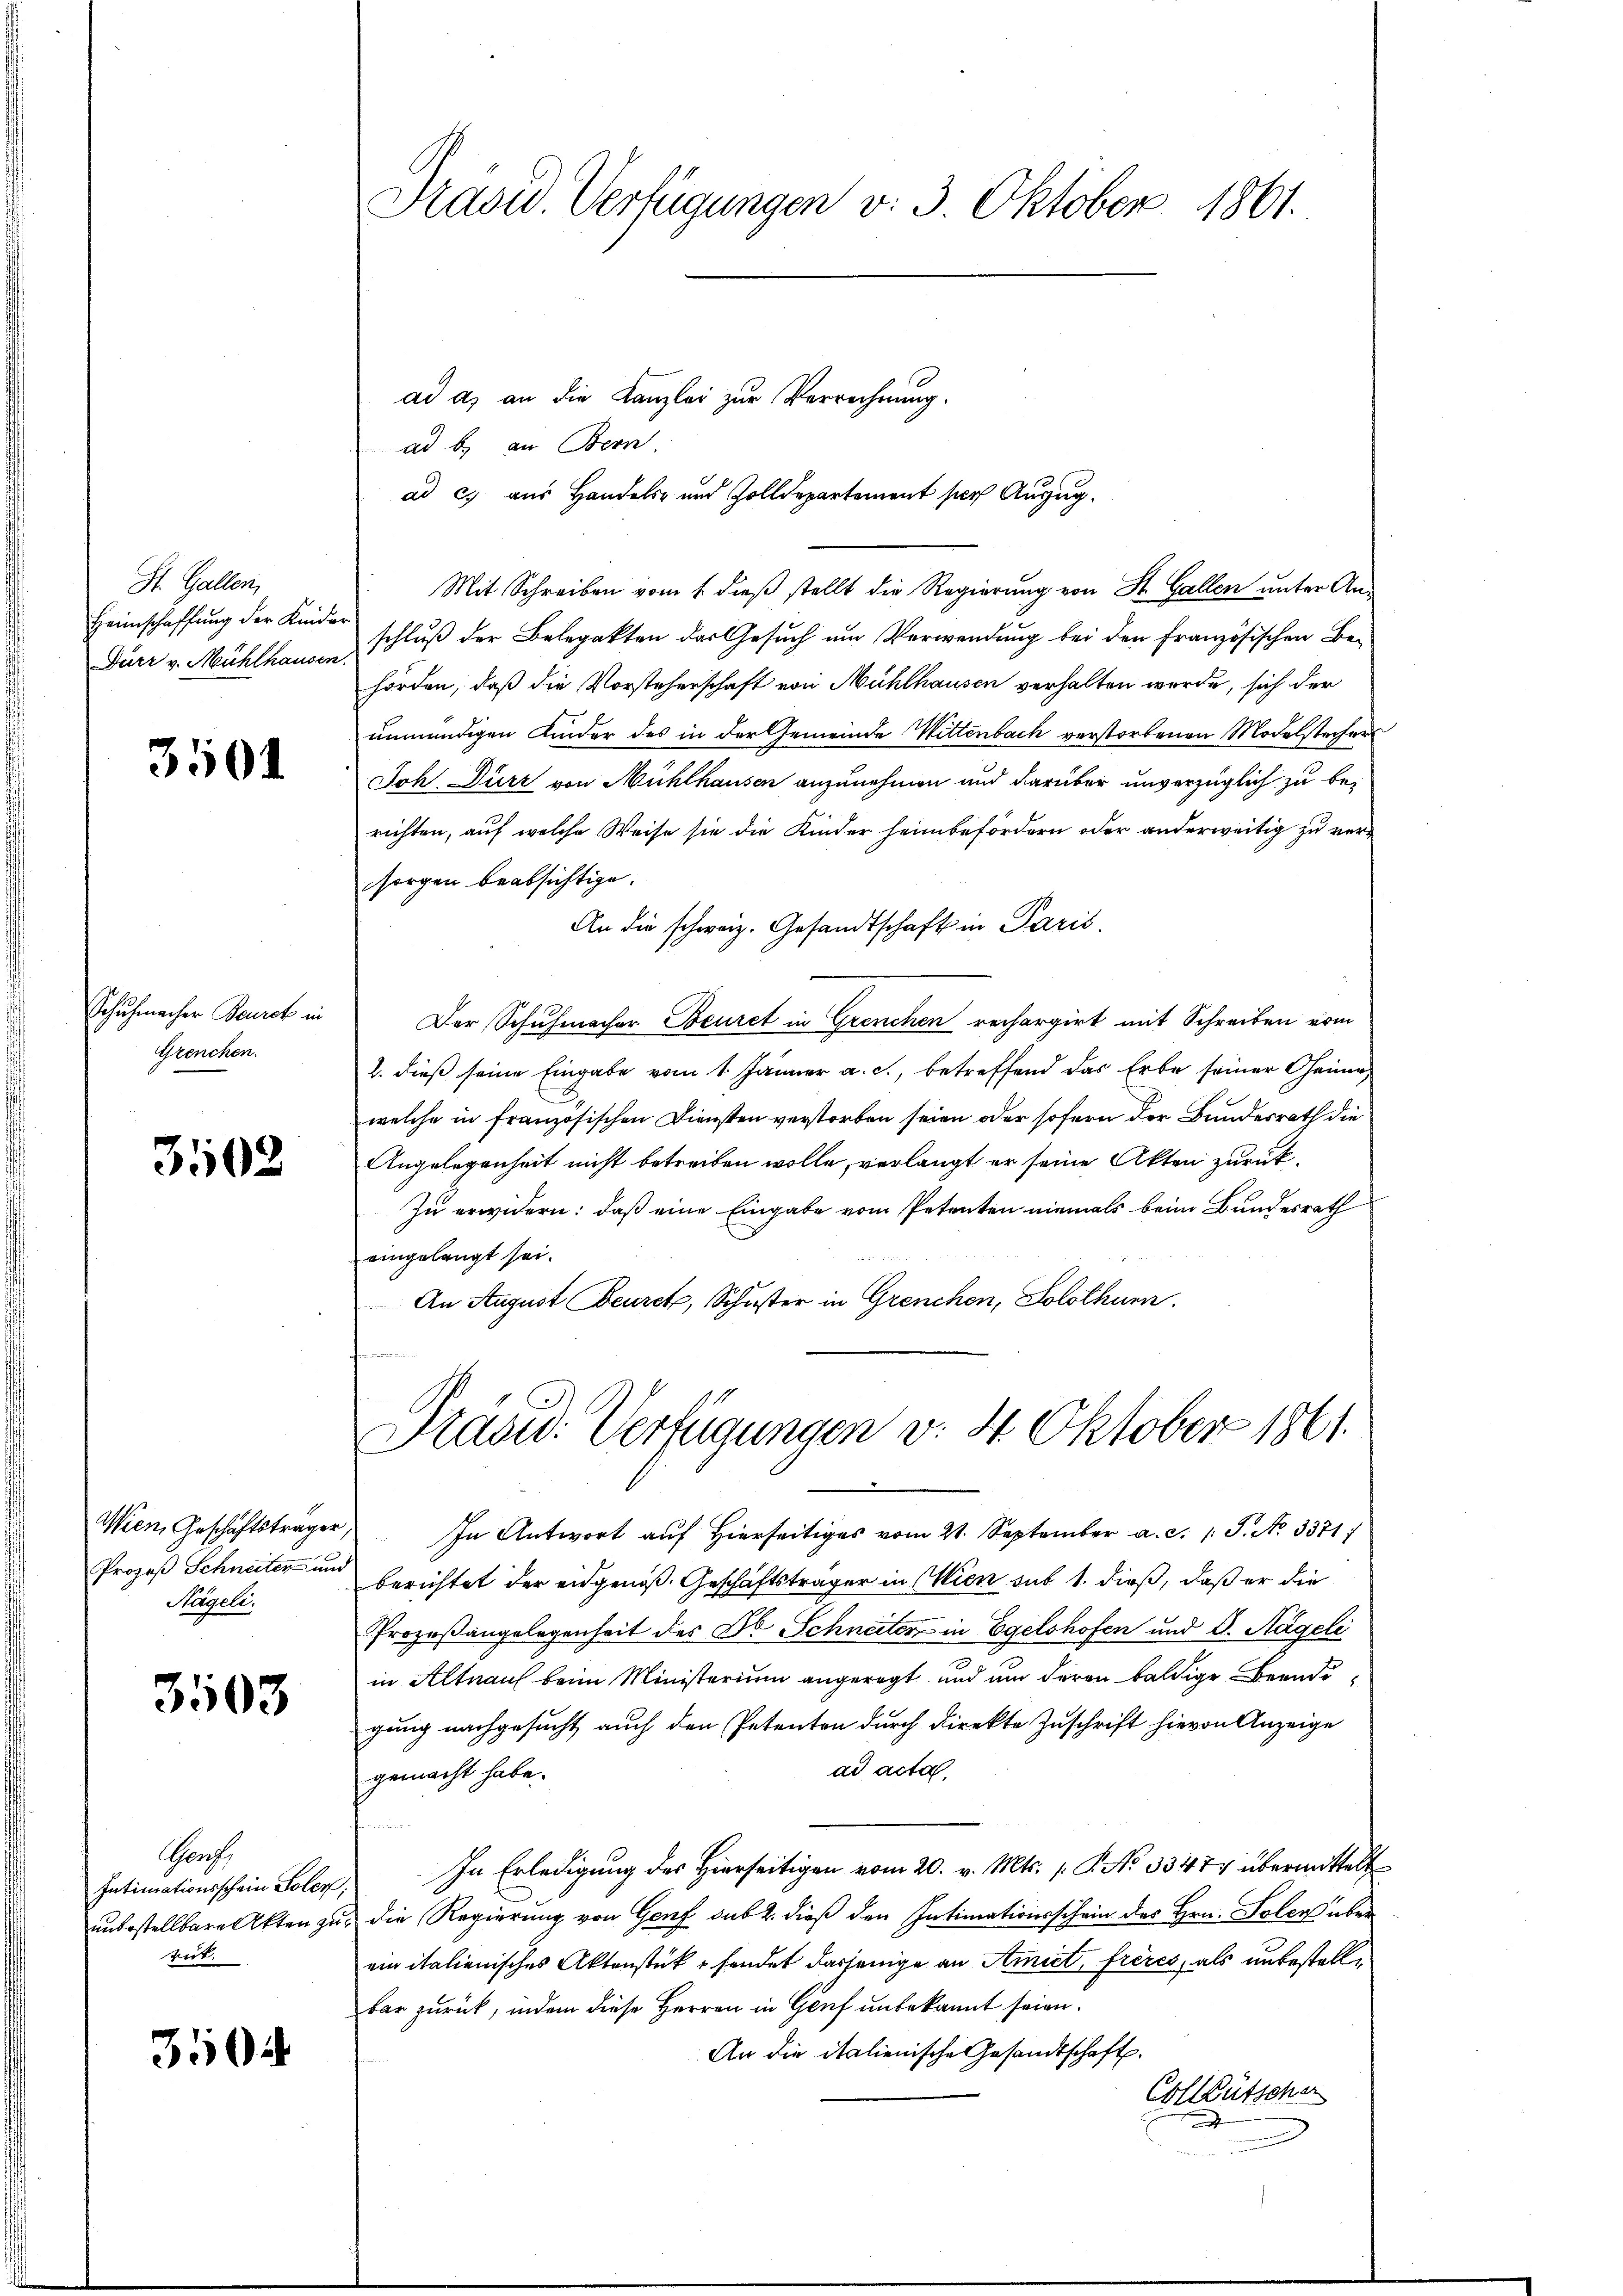
St. Gallen,
Heimschaffung der Kind¬
Dürr v. Mühlhauser

3501

Schuhmacher Burck in
Grenchen.

3502

Wien Geschäftsträger
Prozeß Schneiter um
Nägeli.

3503

Grach,
Intimationsschein Toler
unbestellbare Akten zu
rit.

3504

Präsid. Verfügungen v. 3. Oktober 1861.

ad a) an die Kanzlei zur Verrechnung.
ad b. an Bern.
ad c) aus Handels- und Zolldepartement per Auszug.
Mit Schreiben vom 1. dieß stellt die Regierung von St. Gallen unter An-
schluß der Belegakten das Gesuch um Verwendung bei den Französischen Behörden, daß die Vorsteherschaft von Mühlhausen verhalten wurde, sich der
unmündigen Kinder des in der Gemeinde Wittenbach verstorbenen Modelstechers
Joh Dürr von Mühlhausen anzunehmen und darüber unverzüglich zu berichten, auf welche Weise sie die Kinder heimbefördern oder anderweitig zu versorgen beabsichtige.
An die schweiz. Gesandtschaft in Paris.
Der Schuhmacher Beuret in Grenchen rechargirt mit Schreiben vom
l. dieß seine Eingabe vom 1. Jänner a. c., betreffend das Erbe seiner Gener
welche in französischen Diensten verstorben seien oder sofern der Bundesrath die
Angelegenheit nicht betreiben wolle, verlangt er seine Akten zurück¬
Zu erwidern: daß eine Eingabe vom Petenten niemals beim Bundesrath
eingelangt sei.
An August Beurch, Schuster in Grenchen, Solothurn.
Präsid. Verfügungen v. 4. Oktober 1861.
e
In Antwort auf Hierseitiges vom 21. September a. c. 1 S. No. 3371/
berichtet der eidgenoß Geschäftsträger in Wien sub 1. dieß, daß er die
Prozeßangelegenheit des Dr. Schneiter in Egelshofen und d. Nägeli
in Altnauf beim Ministerium angeregt und und deren baldige Bernde
gung nachgesucht auch den Petenten durch direkte Zuschrift hievon Anzeige
ad acta
gemacht habe.
In Erledigung des Hierseitigen vom 20. v. Mts. 1. P. No 33474 übermittelt
die Regierung von Genf sub 2. dieß den Intimationsschein des Hrn. Solen über
ein italienisches Aktenstücksendet dasjenige an Amiet, frères, als unbestellbar zurück, indem diese Herren in Genf unbekannt seien.
An die italienische Gesandtschaft.
Colleütscher
.